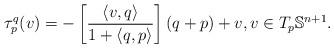
LaTeX: \begin{align*}\tau_{p}^q(v) = - \left[ \frac{\langle v, q \rangle}{1 + \langle q, p \rangle} \right] (q + p) + v, v \in T_p \mathbb{S}^{n+1}. \end{align*}